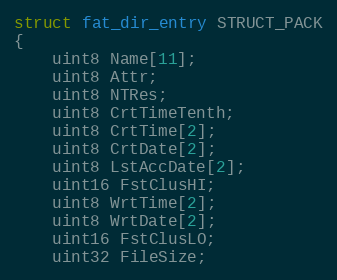
Language: C
struct fat_dir_entry STRUCT_PACK
{
    uint8 Name[11];
    uint8 Attr;
    uint8 NTRes;
    uint8 CrtTimeTenth;
    uint8 CrtTime[2];
    uint8 CrtDate[2];
    uint8 LstAccDate[2];
    uint16 FstClusHI;
    uint8 WrtTime[2];
    uint8 WrtDate[2];
    uint16 FstClusLO;
    uint32 FileSize;